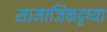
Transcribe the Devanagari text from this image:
सामाजिकदृष्या